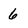
Character: 6